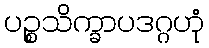
ပဉ္စသိက္ခာပဒဂ္ဂဟုံ